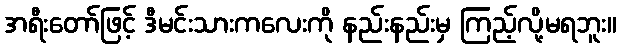
အရီးတော်ဖြင့် ဒီမင်းသားကလေးကို နည်းနည်းမှ ကြည့်လို့မရဘူး။